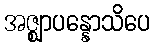
အဇ္ဈာပန္နောသိပေ